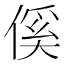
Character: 傒